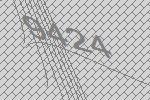
9424